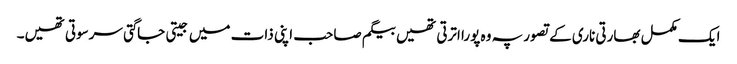
ایک مکمل بھارتی ناری کے تصور پہ وہ پورا اترتی تھیں بیگم صاحب اپنی ذات میں جیتی جاگتی سرسوتی تھیں۔